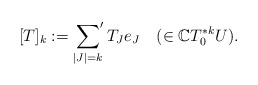
\begin{align*} [T]_k:=\sideset{}{'}\sum_{\left\vert J\right\vert=k}T_Je_J\quad(\in {\mathbb{C}}T^{*k}_0U).\end{align*}